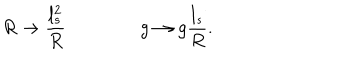
R \rightarrow { \frac { l _ { s } ^ { 2 } } { R } } \qquad \qquad g \rightarrow g { \frac { l _ { s } } { R } } .